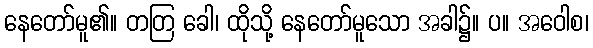
နေတော်မူ၏။ တတြ ခေါ၊ ထိုသို့ နေတော်မူသော အခါ၌။ ပ။ အဝေါစ၊